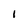
Character: I